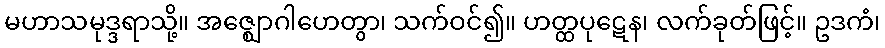
မဟာသမုဒ္ဒရာသို့။ အဇ္ဈောဂါဟေတွာ၊ သက်ဝင်၍။ ဟတ္ထပုဋေန၊ လက်ခုတ်ဖြင့်။ ဥဒကံ၊